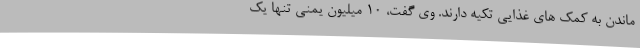
ماندن به کمک های غذایی تکیه دارند. وی گفت، 10 میلیون یمنی تنها یک